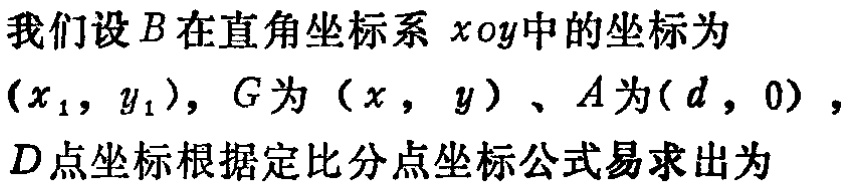
我们设\(B\)在直角坐标系\(xoy\)中的坐标为\((x_{1},y_{1})\)，\(G\)为\((x,y)\)、\(A\)为\((d,0)\)，\(D\)点坐标根据定比分点坐标公式易求出为